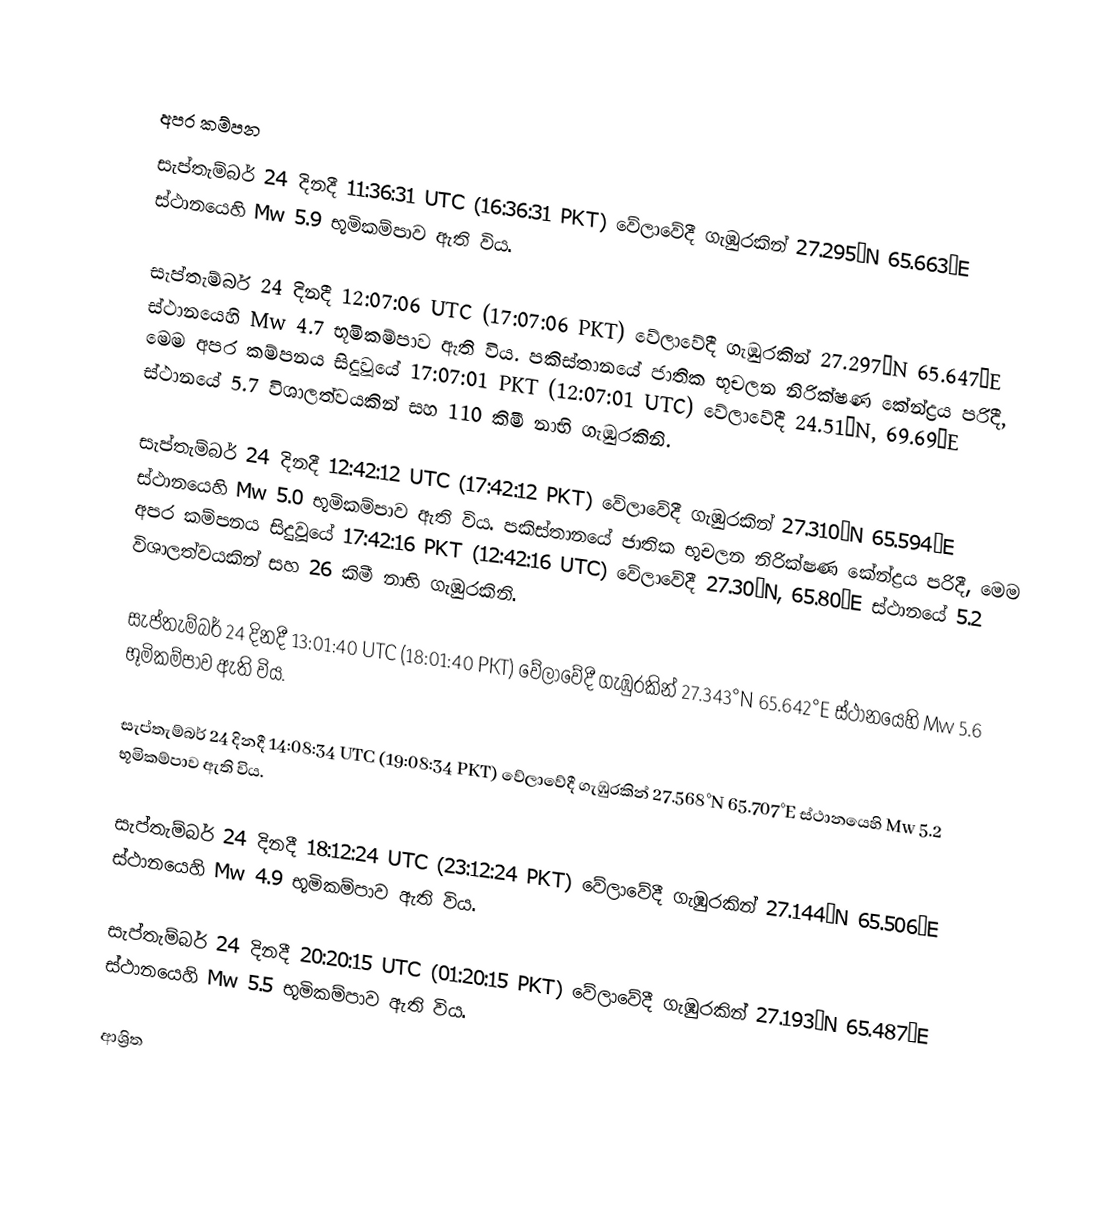

අපර කම්පන
සැප්තැම්බර් 24 දිනදී  11:36:31 UTC (16:36:31 PKT) වේලාවේදී   ගැඹුරකින්  27.295°N 65.663°E ස්ථානයෙහි Mw 5.9 භූමිකම්පාව ඇති විය.

 සැප්තැම්බර් 24 දිනදී  12:07:06 UTC (17:07:06 PKT) වේලාවේදී   ගැඹුරකින්  27.297°N 65.647°E ස්ථානයෙහි Mw 4.7 භූමිකම්පාව ඇති විය.  පකිස්තානයේ ජාතික භූචලන නිරික්ෂණ කේන්ද්‍රය පරිදී, මෙම අපර කම්පනය සිදුවූයේ 17:07:01 PKT (12:07:01 UTC) වේලාවේදී  24.51°N, 69.69°E ස්ථානයේ 5.7 විශාලත්වයකින් සහ 110 කිමී නාභි ගැඹුරකිනි.

 සැප්තැම්බර් 24 දිනදී  12:42:12 UTC (17:42:12 PKT) වේලාවේදී   ගැඹුරකින්  27.310°N 65.594°E ස්ථානයෙහි Mw 5.0 භූමිකම්පාව ඇති විය.  පකිස්තානයේ ජාතික භූචලන නිරික්ෂණ කේන්ද්‍රය පරිදී, මෙම අපර කම්පනය සිදුවූයේ 17:42:16 PKT (12:42:16 UTC) වේලාවේදී  27.30°N, 65.80°E ස්ථානයේ 5.2 විශාලත්වයකින් සහ 26 කිමී නාභි ගැඹුරකිනි.

 සැප්තැම්බර් 24 දිනදී  13:01:40 UTC (18:01:40 PKT) වේලාවේදී   ගැඹුරකින්  27.343°N 65.642°E ස්ථානයෙහි Mw 5.6 භූමිකම්පාව ඇති විය.

 සැප්තැම්බර් 24 දිනදී  14:08:34 UTC (19:08:34 PKT) වේලාවේදී   ගැඹුරකින්  27.568°N 65.707°E ස්ථානයෙහි Mw 5.2 භූමිකම්පාව ඇති විය.

 සැප්තැම්බර් 24 දිනදී  18:12:24 UTC (23:12:24 PKT) වේලාවේදී   ගැඹුරකින්  27.144°N 65.506°E ස්ථානයෙහි Mw 4.9 භූමිකම්පාව ඇති විය.

 සැප්තැම්බර් 24 දිනදී  20:20:15 UTC (01:20:15 PKT) වේලාවේදී   ගැඹුරකින්  27.193°N 65.487°E ස්ථානයෙහි Mw 5.5 භූමිකම්පාව ඇති විය.

ආශ්‍රිත